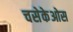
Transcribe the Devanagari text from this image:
चसेकेओस